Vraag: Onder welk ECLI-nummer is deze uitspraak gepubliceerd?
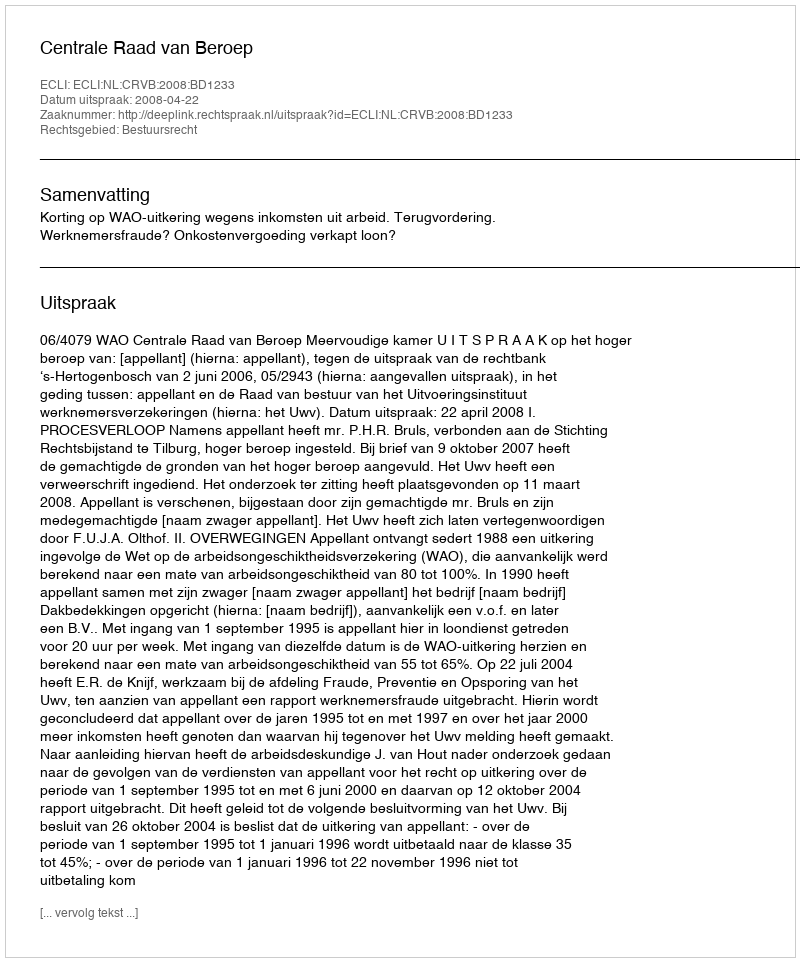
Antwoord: ECLI:NL:CRVB:2008:BD1233